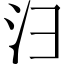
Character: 𪫆